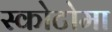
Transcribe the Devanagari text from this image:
स्कोटोमा